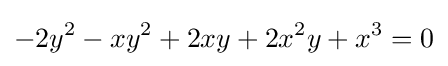
-2y^{2}-xy^{2}+2xy+2x^{2}y+x^{3}=0